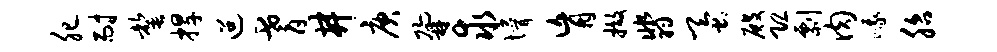
肥耐罄捍迢耆井庚鼐求懵肓撤翡蚕殿恐剽肉峨胎